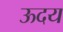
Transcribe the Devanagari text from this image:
ऊदय